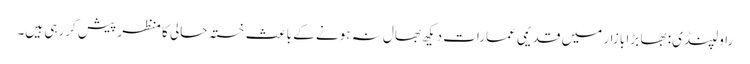
راولپنڈی: بھا بڑا بازار میں قدیمی عمارات دیکھ بھال نہ ہونے کے باعث خستہ حالی کا منظر پیش کررہی ہیں۔